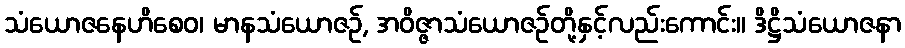
သံယောဇနေဟိစေဝ၊ မာနသံယောဇဉ်, အဝိဇ္ဇာသံယောဇဉ်တို့နှင့်လည်းကောင်း။ ဒိဋ္ဌိသံယောဇနာ